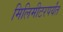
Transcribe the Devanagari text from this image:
मिलिमीटरपर्यंत